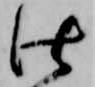
仕